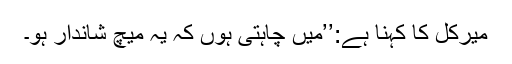
میرکل کا کہنا ہے:’’میں چاہتی ہوں کہ یہ میچ شاندار ہو۔